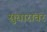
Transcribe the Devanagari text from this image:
सुधारांवर